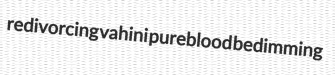
redivorcing vahini pureblood bedimming